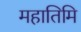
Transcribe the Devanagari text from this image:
महातिमि